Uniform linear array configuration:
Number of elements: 24
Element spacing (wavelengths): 0.25
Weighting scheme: exponential
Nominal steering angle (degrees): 30
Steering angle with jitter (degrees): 29.032
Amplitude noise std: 0.05
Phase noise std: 0.05

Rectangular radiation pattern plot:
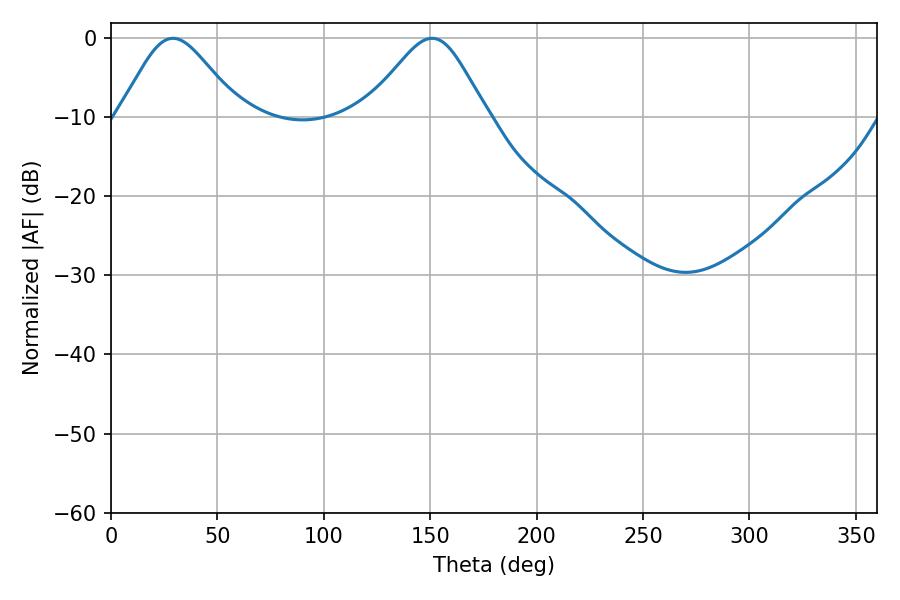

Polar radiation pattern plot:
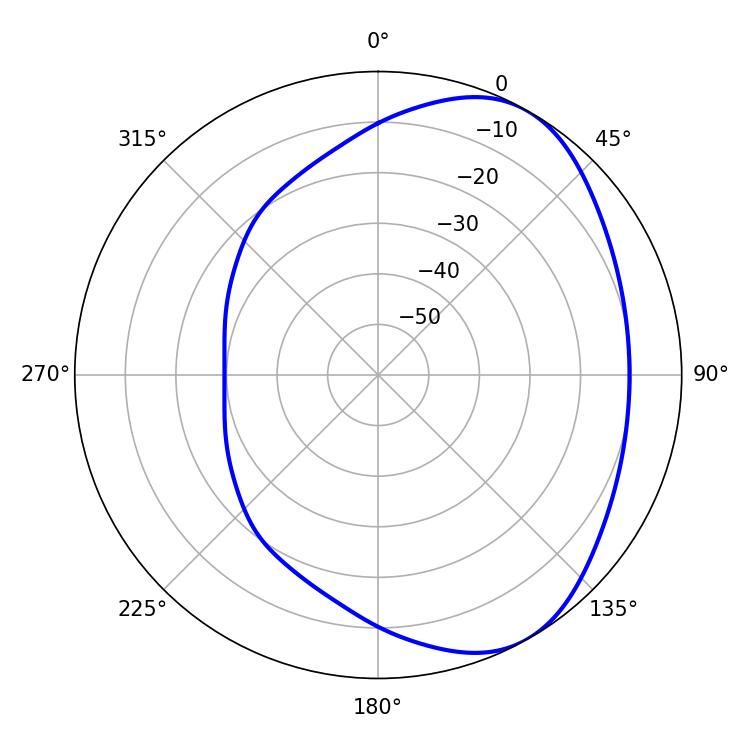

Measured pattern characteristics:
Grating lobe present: FALSE
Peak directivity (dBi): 4.889
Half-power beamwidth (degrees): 27.9
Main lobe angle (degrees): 29.16